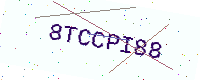
Text: 8TCCPI88